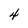
Character: 4